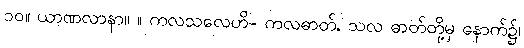
၁၀။ ယာဏလာနာ။ ။ ကလသလေဟိ- ကလဓာတ်, သလ ဓာတ်တို့မှ နောက်၌၊